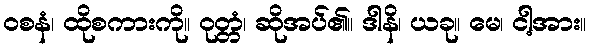
ဝစနံ၊ ထိုစကားကို။ ဝုတ္တံ၊ ဆိုအပ်၏။ ဒါနိ၊ ယခု။ မေ၊ ငါ့အား။